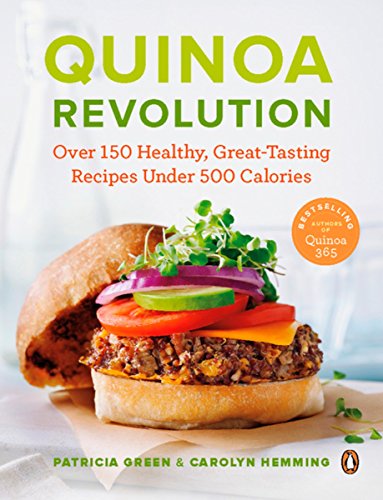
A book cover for Quinoa Revolution: Over 150 Healthy Great-tasting Recipes Under 500 Calories; Patricia Green; Cookbooks, Food & Wine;